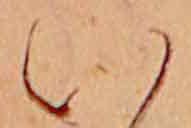
い